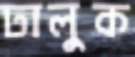
ঢালুক